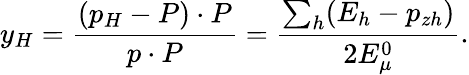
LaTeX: y_{H}=\frac{(p_{H}-P)\cdot P}{p\cdot P}=\frac{\sum_{h}(E_{h}-p_{zh})}{2E_{\mu}^{0}}.